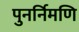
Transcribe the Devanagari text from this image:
पुनर्निमणि